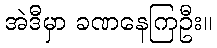
အဲဒီမှာ ခဏနေကြဦး။